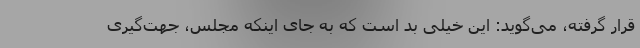
قرار گرفته، می‌گوید: این خیلی بد است که به جای اینکه مجلس، جهت‌گیری